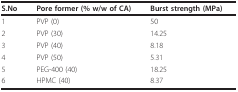
| S.No | Pore former (% w/w of CA) | Burst strength (MPa) |
 | --- | --- | --- |
 | 1 | PVP (0) | 50 |
 | 2 | PVP (30) | 14.25 |
 | 3 | PVP (40) | 8.18 |
 | 4 | PVP (50) | 5.31 |
 | 5 | PEG-400 (40) | 18.25 |
 | 6 | HPMC (40) | 8.37 |